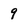
Character: 9